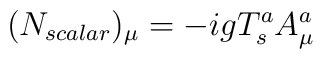
(N_{scalar})_{\mu}=-igT^{a}_{s}A^{a}_{\mu}